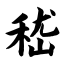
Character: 嵇